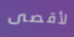
لأقصى